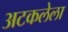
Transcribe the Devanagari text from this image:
अटकलेला